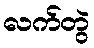
လက်တွဲ